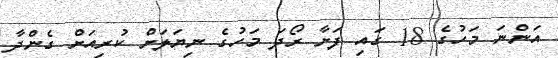
އަންނަ މަހުގެ 18 ގައި ފަށާ ރޯދަ މަހުގެ ނިޔަލަށް ކުރިއަށް ގެންދާ